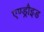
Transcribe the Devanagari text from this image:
एण्ड्रौइड